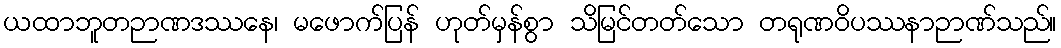
ယထာဘူတဉာဏဒဿနေ၊ မဖောက်ပြန် ဟုတ်မှန်စွာ သိမြင်တတ်သော တရုဏဝိပဿနာဉာဏ်သည်။